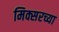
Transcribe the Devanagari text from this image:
मिक्सरच्या